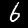
Digit: 6